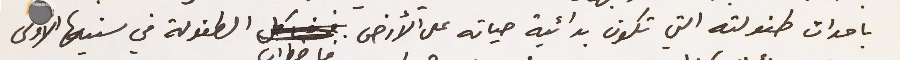
باحداث طفولته التي تكون بدائية حياته على الأرض فاضطراب الطفولة في سنيها الاولى